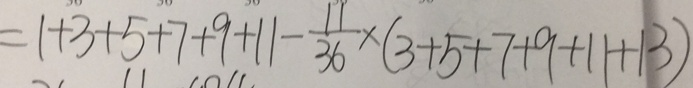
= 1 + 3 + 5 + 7 + 9 + 1 1 - \frac { 1 1 } { 3 6 } \times ( 3 + 5 + 7 + 9 + 1 1 + 1 3 )